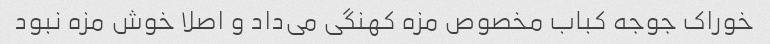
خوراک جوجه کباب مخصوص مزه کهنگی می‌داد و اصلا خوش مزه نبود